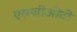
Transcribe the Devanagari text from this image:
एसजीओटी